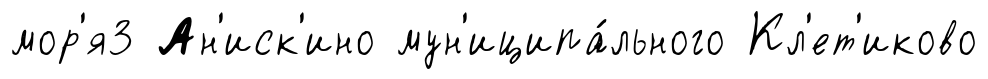
мор'я3 Ан'иск'ино мун'иципа́льного Кл'ет'иково